Scottish Leaving Certificate Examination, 1960
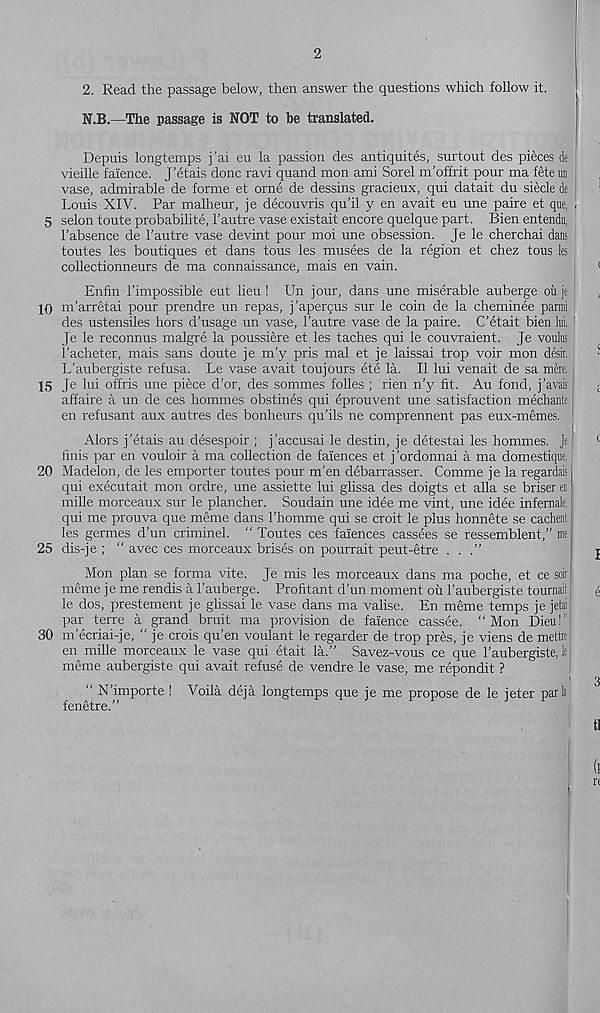
2
2. Read the passage below, then answer the questions which follow it.
N.B.—The passage is NOT to be translated.
Depuis longtemps j’ai eu la passion des antiquites, surtout des pieces de
vieille faience. J'etais done ravi quand mon ami Sorel m’offrit pour ma fete un
vase, admirable de forme et orne de dessins gracieux, qui datait du siecle de
Louis XIV. Par malheur, je decouvris qu’il y en avait eu une paire et que, [
5 selon toute probabilite, 1’autre vase existait encore quelque part. Bien entendu,
1’absence de 1’autre vase devint pour moi une obsession. Je le cherchai dans
toutes les boutiques et dans tous les musees de la region et chez tous les
collectionneurs de ma connaissance, mais en vain.
Enfin I'impossible eut lieu ! Un jour, dans une miserable auberge oil je
10 m’arretai pour prendre un repas, j’apergus sur le coin de la cheminee parmi
des ustensiles hors d’usage un vase, 1'autre vase de la paire. C’etait bien hi,
Je le reconnus malgre la poussiere et les taches qui le couvraient. Je vouhs
1'acheter, mais sans doute je m’y pris mal et je laissai trop voir mon desir,
L’aubergiste refusa. Le vase avait toujours ete la. II lui venait de sa mere,
15 Je lui offris une piece d’or, des sommes folles ; rien n'y fit. Au fond, j’avais
affaire a un de ces homines obstines qui eprouvent une satisfaction mechante
en refusant aux autres des bonheurs qu’ils ne comprennent pas eux-memes. 1
Alors j’etais au desespoir ; j’accusai le destin, je detestai les hommes. Je
finis par en vouloir a ma collection de faiences et j’ordonnai a ma domestique,
20 Madelon, de les emporter toutes pour m’en debarrasser. Comme je la regardais
qui executait mon ordre, une assiette lui glissa des doigts et alia se briser en
mille morceaux sur le plancher. Soudain une idee me vint, une idee infernale,
qui me prouva que meme dans I’homme qui se croit le plus honnete se cachenl
les germes d’un criminel. “ Toutes ces faiences cassees se ressemblent,” me
25 dis-je ; “ avec ces morceaux brises on pourrait peut-etre . . .”
Mon plan se forma vite. Je mis les morceaux dans ma poche, et ce soit
meme je me rendis a I’auberge. Profitant d’un moment ou 1’aubergiste tournait
le dos, prestement je glissai le vase dans ma valise. En meme temps je jetai
par terre a grand bruit ma provision de faience cassee. “Mon Dieu!’’
30 m’ecriai-je, “ je crois qu’en voulant le regarder de trop pres, je viens de mettre
en mille morceaux le vase qui etait la.” Savez-vous ce que 1’aubergiste, le j
meme aubergiste qui avait refuse de vendre le vase, me repondit ?
“ N’importe ! Voila deja longtemps que je me propose de le jeter parli
fenetre.”